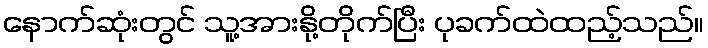
နောက်ဆုံးတွင် သူ့အားနို့တိုက်ပြီး ပုခက်ထဲထည့်သည်။